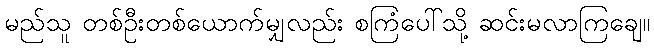
မည်သူ တစ်ဦးတစ်ယောက်မျှလည်း စကြံပေါ်သို့ ဆင်းမလာကြချေ။